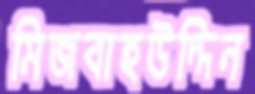
মিজবাহউদ্দিন